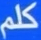
كلم